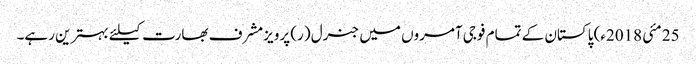
25 مئی 2018ء) پاکستان کے تمام فوجی آمروں میں جنرل (ر) پرویزمشرف بھارت کیلئے بہترین رہے۔